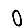
Digit: 0